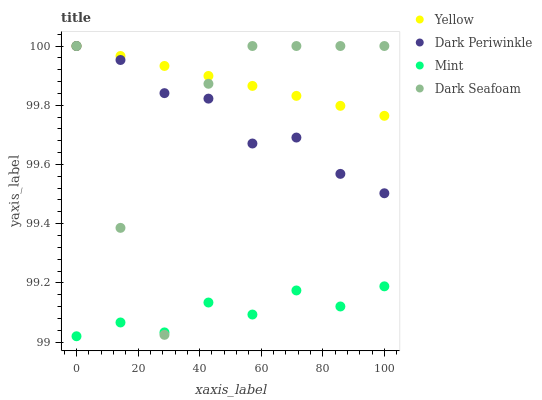
| xaxis_label | Yellow | Dark Periwinkle | Mint | Dark Seafoam |
 | --- | --- | --- | --- | --- |
 | 0 | 100 | 100 | 99 | 100 |
 | 14.3 | 100 | 100 | 99.1 | 99.4 |
 | 28.6 | 99.9 | 99.8 | 99 | 99 |
 | 42.9 | 99.9 | 99.8 | 99.1 | 99.9 |
 | 57.1 | 99.9 | 99.7 | 99.1 | 100 |
 | 71.4 | 99.8 | 99.7 | 99.2 | 100 |
 | 85.7 | 99.8 | 99.6 | 99.1 | 100 |
 | 100 | 99.8 | 99.5 | 99.2 | 100 |